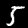
Label: 5